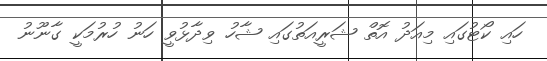
ހައި ކޯޓުގައި މިއަދު އޮތް ޝަރީއަތުގައި ޝާހު ވިދާޅުވީ ހަނު ހުރުމަކީ ގާނޫނު